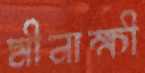
মীনাক্ষী